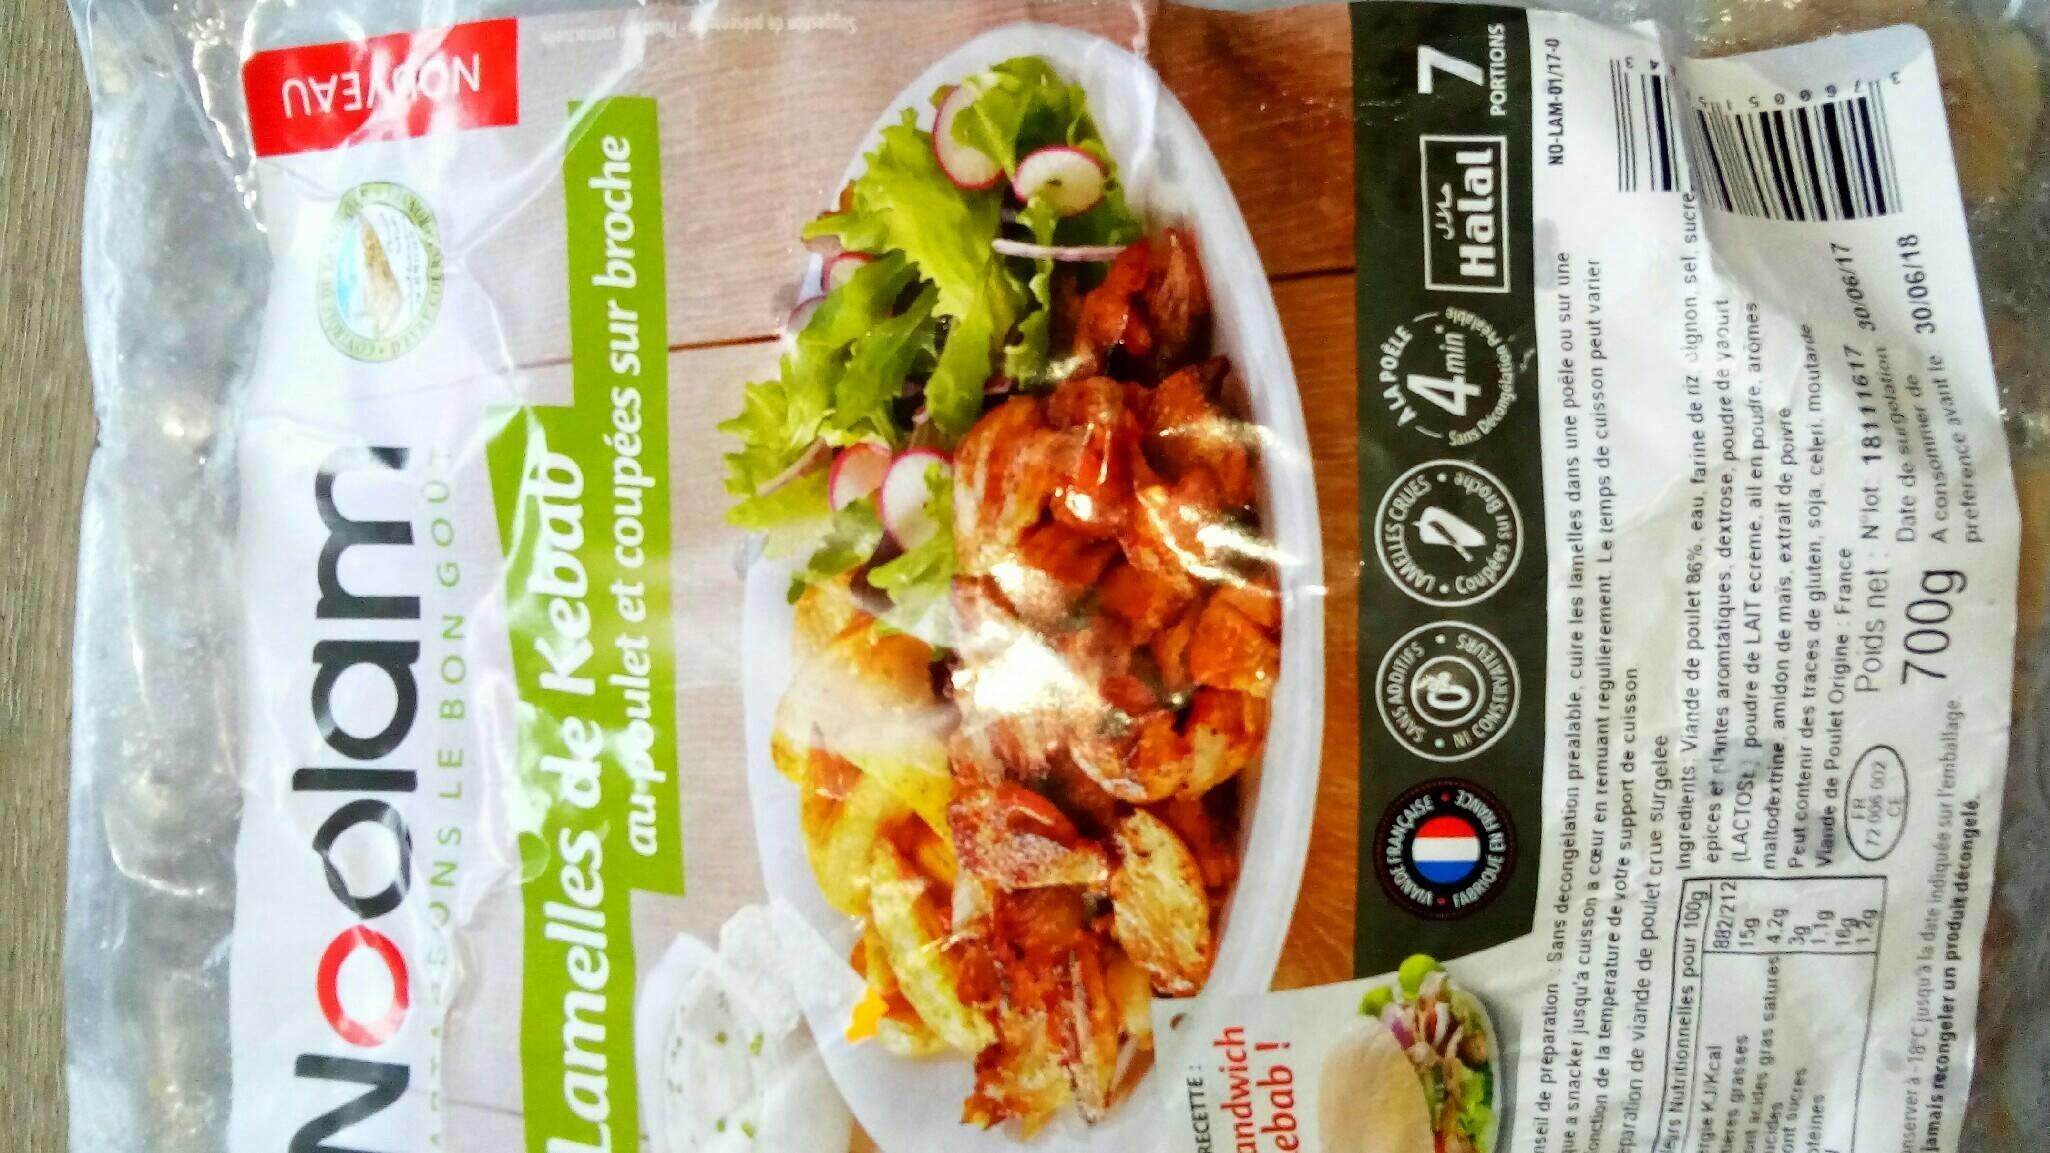
Noolam.
ONS LE BON GOU
Lamelles de Kebab
RECETTE:
andwich ebab!
FABRIQUE
ars Nutritionnelles pour 100g
ergie KJ/Kcal
15g
seres grasses
cides ont acides gras satures 4.2g
3g
1.1g
ont sucres oteines
au poulet et coupées sur broche
16g
1.2g
SANS
NI CONS
ALAPOELE
ADDITIES NAMELLES CRUE 4m
min
72 006 002 CE
Coupées
seil de preparation Sans decongelation prealable, cuire les lamelles dans une poêle ou sur une que a snacker jusqu'a cuisson a cœur en remuant regulierement. Le temps de cuisson peut varier
onction de la temperature de votre support de cuisson
paration de viande de poulet crue surgelee
SUT
Broche
882/212 (LACTOSE) poudre de LAIT ecreme, ail en poudre, aromes
maltodextrine amidon de mais, extrait de
Jan's Décon
Ingredients Viande de poulet 86%, eau, farine de riz oignon, sel sucre épices et plantes aromtatiques, dextrose, poudre de yaourt
nserver à-18°C jusqu'à la date indiquée sur l'emballage. jamais recongeler un produit décongelé.
poivre
Peut contenir des traces de gluten, soja, celeri, moutarde
Viande de Poulet Origine : France
J
Halal
Poids net: N lot: 18111617
A consommer de preference avant le 30/06/18
Date de surgelation 30/06/17 700g
NOUVEAU
7
PORTIONS
NO-LAM-01/17-0
99 En